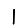
Digit: 1